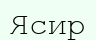
Ясир